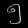
Digit: ၅